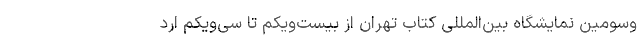
وسومین نمایشگاه بین‌المللی کتاب تهران از بیست‌ویکم تا سی‌ویکم ارد